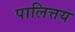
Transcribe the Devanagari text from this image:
पालित्तय